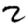
Digit: 2